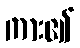
ကား၏